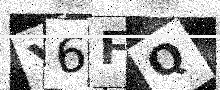
Text: Y6FQ